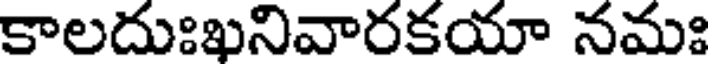
కాలదుఃఖనివారకయా నమః